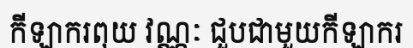
កីឡាករពុយ វណ្ណៈ ជួបជាមួយកីឡាករ